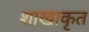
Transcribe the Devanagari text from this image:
शाखाकृत